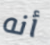
أنه